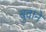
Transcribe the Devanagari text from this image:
बुवाने